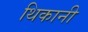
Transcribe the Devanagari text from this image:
थिकानी